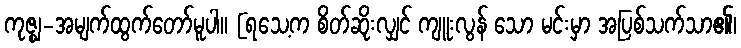
ကုဇ္ဈ-အမျက်ထွက်တော်မူပါ။ [ရသေ့က စိတ်ဆိုးလျှင် ကျူးလွန် သော မင်းမှာ အပြစ်သက်သာ၏၊